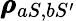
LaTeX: \pmb{\rho}_{aS,bS^{\prime}}